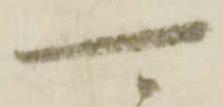
可